Vaccine operations Central Provinces & Berar 1922-1929 - 1922-1929
Year: 1922
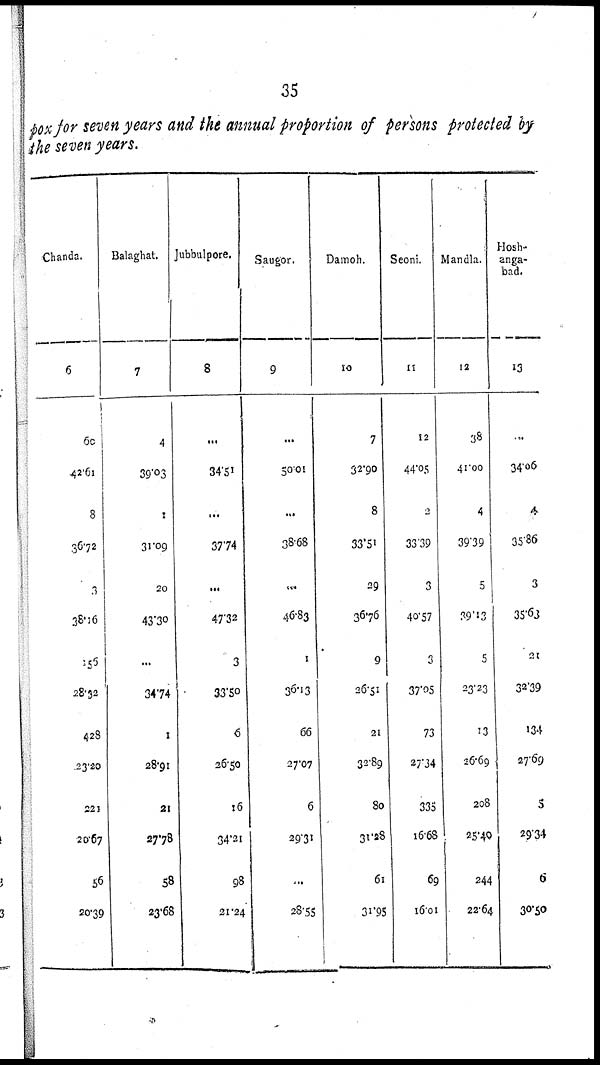
35
pox for seven years and the annual proportion of persons protected by
the seven years.
Chanda.
6
60
42.61
8
36.72
3
38.16
155
28.32
428
23.20
221
20.67
56
20.39
Balaghat.
7
4
39.03
1
31.09
20
43.30
...
34.74
1
28.91
21
27.78
58
23.68
Jubbulpore.
8
...
34.51
...
37.74
...
47.32
3
33.50
6
26.50
16
34.21
98
21.24
Saugor.
9
...
50.01
...
38.68
...
46.83
1
36.13
66
27.07
6
29.31
...
28.55
Damoh.
10
7
32.90
8
33.51
29
36.76
9
26.51
21
32.89
80
31.28
61
31.95
Seoni.
11
12
44.05
2
33.39
3
40.57
3
37.05
73
27.34
335
16.68
69
16.01
Mandla.
12
38
41.00
4
39.39
5
39.13
5
23.23
13
26.69
208
25.40
244
22.64
Hosh¬
anga¬
bad.
13
...
34.06
4
35.86
3
35.63
21
32.39
134
27.69
5
29.34
6
30.50